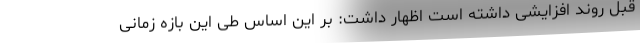
قبل روند افزایشی داشته است اظهار داشت: بر این اساس طی این بازه زمانی